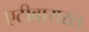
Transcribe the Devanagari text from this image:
एटीवायरल